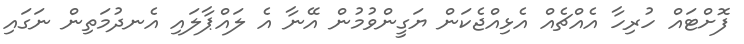
ފޮށްޓައް ހުރިހާ އެއްޗެއް އެޅިއްޖެކަން ޔަގީންވުމުން އޭނާ އެ ލައްޕާލައި އެނދުމަތިން ނަގައި